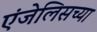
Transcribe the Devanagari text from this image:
एंजेलिसच्या